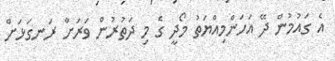
އެ ގައުމުން ދޭ އަހަންމިއްޔަތު މޯދީ ގެ މި ދަތުރުން ވަރަށް ރަނގަޅަށް